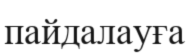
пайдалауға